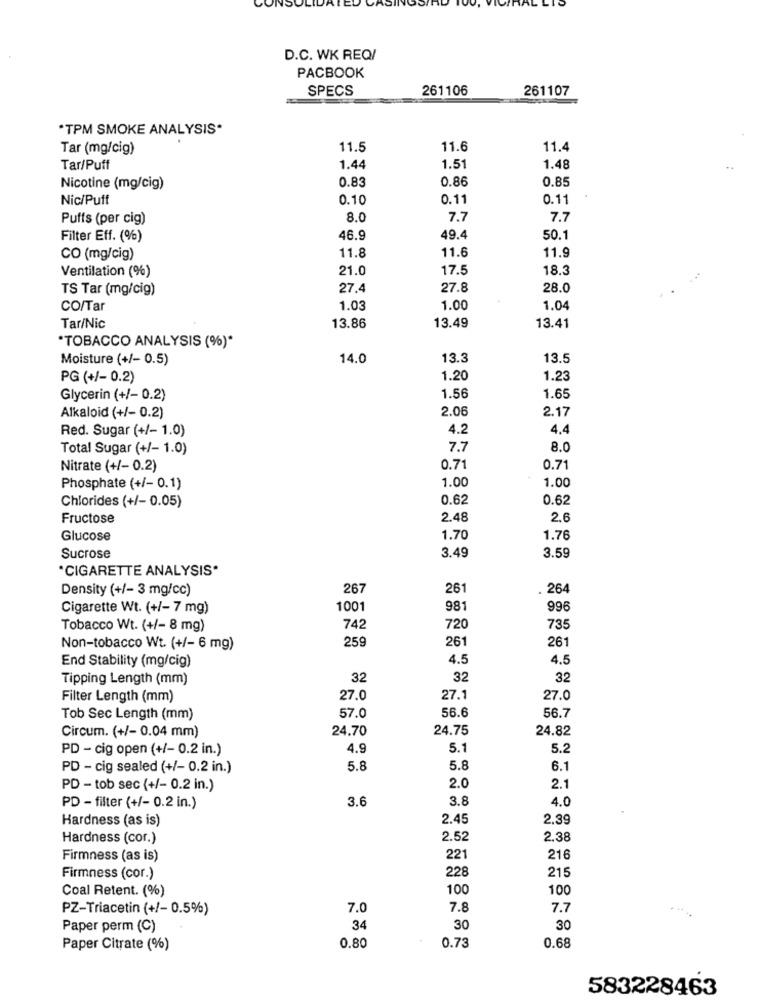
D.C. WK REQ/
PACBOOK
SPECS
261106
261107
"TPM SMOKE ANALYSIS*
Tar (mg/cig)
11.5
11.6
11.4
Tar/Puff
1.44
1.51
1.48
0.86
0.85
Nicotine (mg/cig)
0.83
Nic/Puff
0.10
0.11
0.11
Puffs (per cig)
8.0
7.7
7.7
Filter Eff. (%)
46.9
49.4
50.1
11.6
CO (mg/cig)
11.8
11.9
21.0
17.5
18.3
Ventilation (%)
TS Tar (mg/cig)
27.4
27.8
28.0
CO/Tar
1.03
1.00
1.04
Tar/Nic
13.86
13.49
13.41
*TOBACCO ANALYSIS (%)*
Moisture (+/- 0.5)
14.0
13.3
13.5
PG (+/- 0.2)
1.20
1.23
Glycerin (+/- 0.2)
1.56
1.65
2.06
2.17
Alkaloid (+/- 0.2)
Red. Sugar (+/- 1.0)
4.2
4.4
Total Sugar (+/- 1.0)
7.7
8.0
Nitrate (+/- 0.2)
0.71
0.71
1.00
1.00
Phosphate (+/- 0.1)
0.62
0.62
Chlorides (+/- 0.05)
Fructose
2.48
2.6
Glucose
1.70
1.76
Sucrose
3.49
3.59
CIGARETTE ANALYSIS*
Density (+/- 3 mg/cc)
267
261
264
Cigarette Wt. (+/- 7 mg)
1001
981
996
Tobacco Wt. (+/- 8 mg)
742
720
735
259
261
261
Non-tobacco Wt. (+/- 6 mg)
End Stability (mg/cig)
4.5
4.5
Tipping Length (mm)
32
32
32
Filter Length (mm)
27.0
27.1
27.0
56.6
56.7
Tob Sec Length (mm)
57.0
Circum. (+/- 0.04 mm)
24.70
24.75
24.82
PD - cig open (+/- 0.2 in.)
4.9
5.1
5.2
PD - cig sealed (+/- 0.2 in.)
5.8
5.8
6.1
PD - tob sec (+/- 0.2 in.)
2.0
2.1
3.6
3.8
4.0
PD - filter (+/- 0.2 in.)
Hardness (as is)
2.45
2,39
Hardness (cor.)
2.52
2,38
Firmness (as is)
221
216
22
215
Firmness (cor.)
Coal Retent. (%)
100
100
PZ-Triacetin (+/- 0.5%)
7.0
7.8
7.7
Paper perm (C)
34
30
30
0.80
0.73
0.68
Paper Citrate (%)
583228463